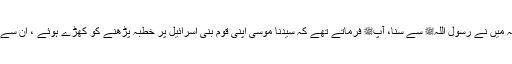
میں نے سیدنا ابی بن کعبؓ سے سنا، وہ کہتے تھے کہ میں نے رسول اللہﷺ سے سنا، آپﷺ فرماتے تھے کہ سیدنا موسیٰؑ اپنی قوم بنی اسرائیل پر خطبہ پڑھنے کو کھڑے ہوئے ، ان سے پوچھا گیا کہ سب لوگوں میں زیادہ علم کس کو ہے ؟